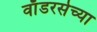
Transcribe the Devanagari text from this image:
वाँडरर्सच्या